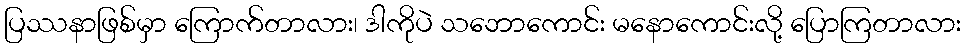
ပြဿနာဖြစ်မှာ ကြောက်တာလား၊ ဒါကိုပဲ သဘောကောင်း မနောကောင်းလို့ ပြောကြတာလား